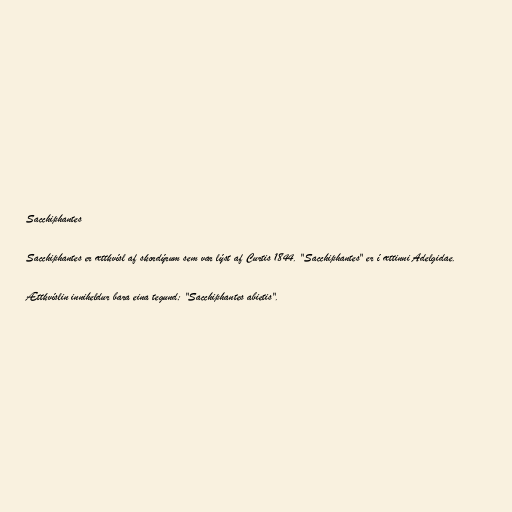
Sacchiphantes

Sacchiphantes er ættkvísl af skordýrum sem var lýst af Curtis 1844. "Sacchiphantes" er í ættinni Adelgidae.

Ættkvíslin inniheldur bara eina tegund; "Sacchiphantes abietis".